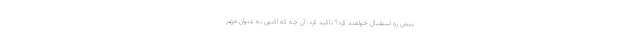
پیش رو استقبال خواهند کرد؟ تاکید کرد: آن چه كه اكنون به عنوان مهم